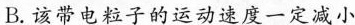
B.该带电粒子的运动速度一定减小